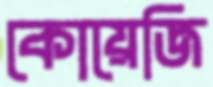
কোয়েজি